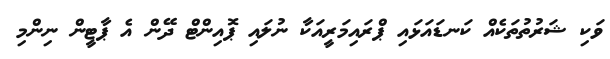
ވަކި ޝަރުތުތަކެއް ކަނޑައަޅައި ޕްރައިމަރީއަކާ ނުލައި ޕޮއިންޓް ދޭން އެ ޕާޓީން ނިންމި